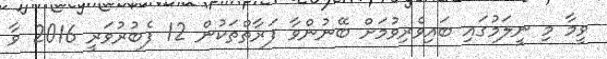
ވީމާ މި ނީލަމުގައި ބައިވެރިވުމަށް ބޭނުންވާ ފަރާތްތަކުން 12 ފެބުރުވަރީ 2016 ވާ